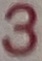
3